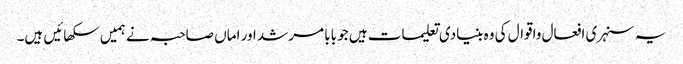
یہ سنہری افعال واقوال کی وہ بنیادی تعلیمات ہیں جو بابا مرشد اور اماں صاحبہ نے ہمیں سکھائیں ہیں۔